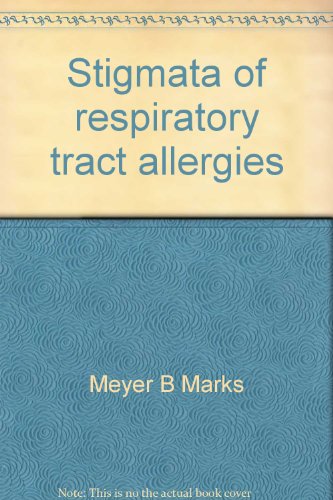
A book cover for Stigmata of respiratory tract allergies (A scope publication); Meyer B Marks; Health, Fitness & Dieting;